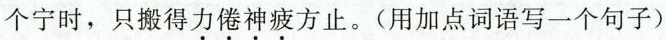
个宁时，只搬得力倦神疲方止。(用加点词语写一个句子)